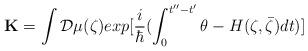
LaTeX: \begin{align*}{\bf K} = \int{\cal D}\mu(\zeta) exp [\frac{i}{\hbar} (\int_{0}^{t'' - t'} \theta - H (\zeta, \bar{\zeta}) dt)]\end{align*}